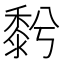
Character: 𪏱